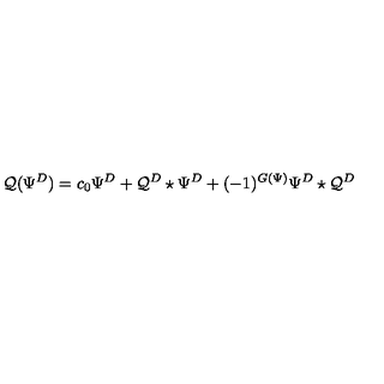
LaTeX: \mathcal { Q } ( \Psi ^ { D } ) = c _ { 0 } \Psi ^ { D } + \mathcal { Q } ^ { D } \star \Psi ^ { D } + ( - 1 ) ^ { G ( \Psi ) } \Psi ^ { D } \star \mathcal { Q } ^ { D }